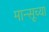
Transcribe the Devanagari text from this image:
मान्सूच्या